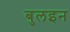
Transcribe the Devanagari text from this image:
बुलइन